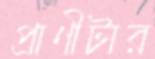
প্রাণীটার